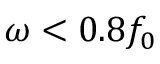
\omega < 0 . 8 f _ { 0 }